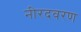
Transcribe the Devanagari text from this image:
नीरदवरण